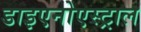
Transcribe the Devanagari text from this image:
डाइएनोएस्ट्राल